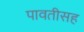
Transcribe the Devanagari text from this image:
पावतीसह